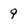
Character: 9